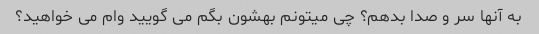
به آنها سر و صدا بدهم؟ چی میتونم بهشون بگم می گویید وام می خواهید؟